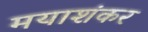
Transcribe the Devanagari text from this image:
मयाशंकर